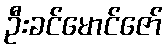
ဦးခင်မောင်ဇော်